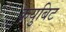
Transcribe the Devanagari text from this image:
कयुबिट